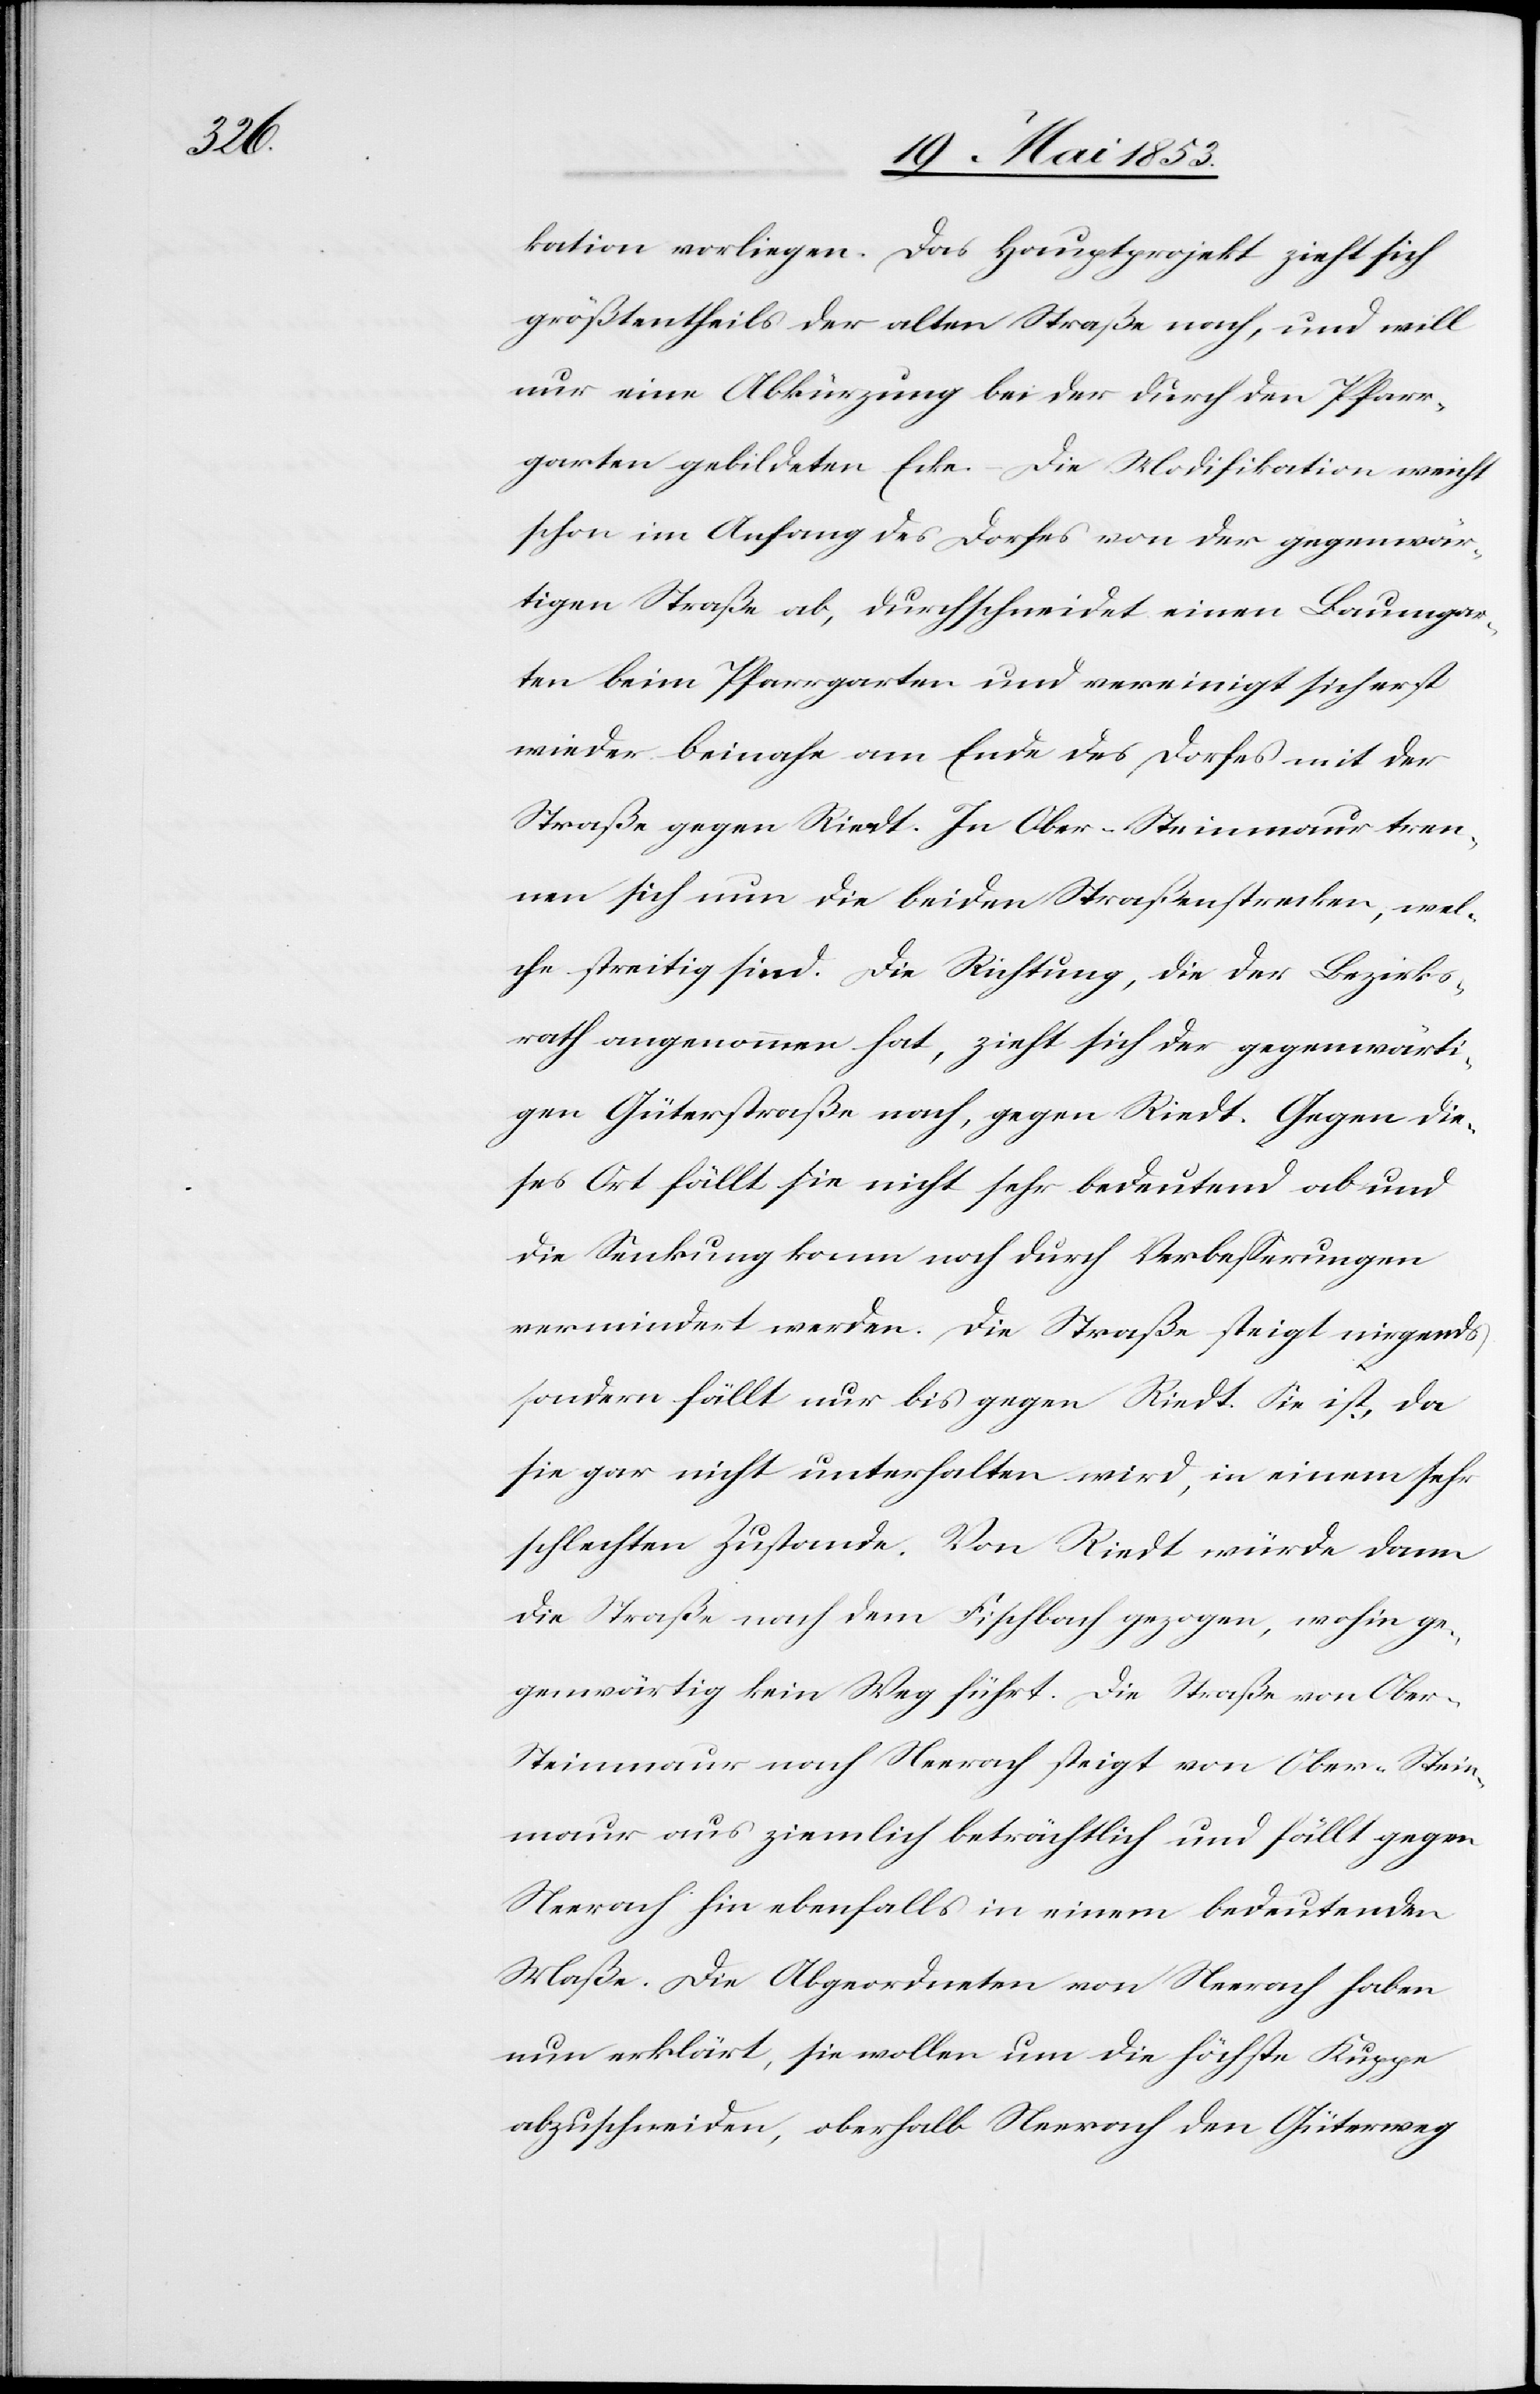
kation vorliegen. Das Hauptprojekt zieht sich
größtentheils der alten Straße nach, und will
nur eine Abkürzung bei der durch den Pfarr¬
garten gebildeten Ecke. – Die Modifikation weicht
schon im Anhang des Dorfes von der gegenwär¬
tigen Straße ab, durchschneidet einen Baumgar¬
ten beim Pfarrgarten und vereinigt sich erst
wieder beinahe am Ende des Dorfes mit der
Straße gegen Riedt. In Ober-Steinmaur tren¬
nen sich nun die beiden Straßenstrecken, wel¬
che streitig sind. Die Richtung, die der Bezirks¬
rath angenommen hat, zieht sich der gegenwärti¬
gen Güterstraße nach, gegen Riedt. Gegen dieses
[sic!] Ort fällt sie nicht sehr bedeutend ab und
die Senkung kann noch durch Verbeßerungen
vermindert werden. Die Straße steigt nirgends
sondern fällt nur bis gegen Riedt. Sie ist, da
sie gar nicht unterhalten wird, in einem sehr
schlechten Zustande. Von Riedt würde dann
die Straße nach dem Fischbach gezogen, wohin ge¬
genwärtig kein Weg führt. Die Straße von Obe¬
r-Steinmaur nach Neerach steigt von Ober-Stei¬
nmaur aus ziemlich beträchtlich und fällt gegen
Neerach hin ebenfalls in einem bedeutenden
Maße. Die Abgeordneten von Neerach haben
nun erklärt, sie wollen um die höchste Kuppe
abzuschneiden, oberhalb Neerach den Güterweg